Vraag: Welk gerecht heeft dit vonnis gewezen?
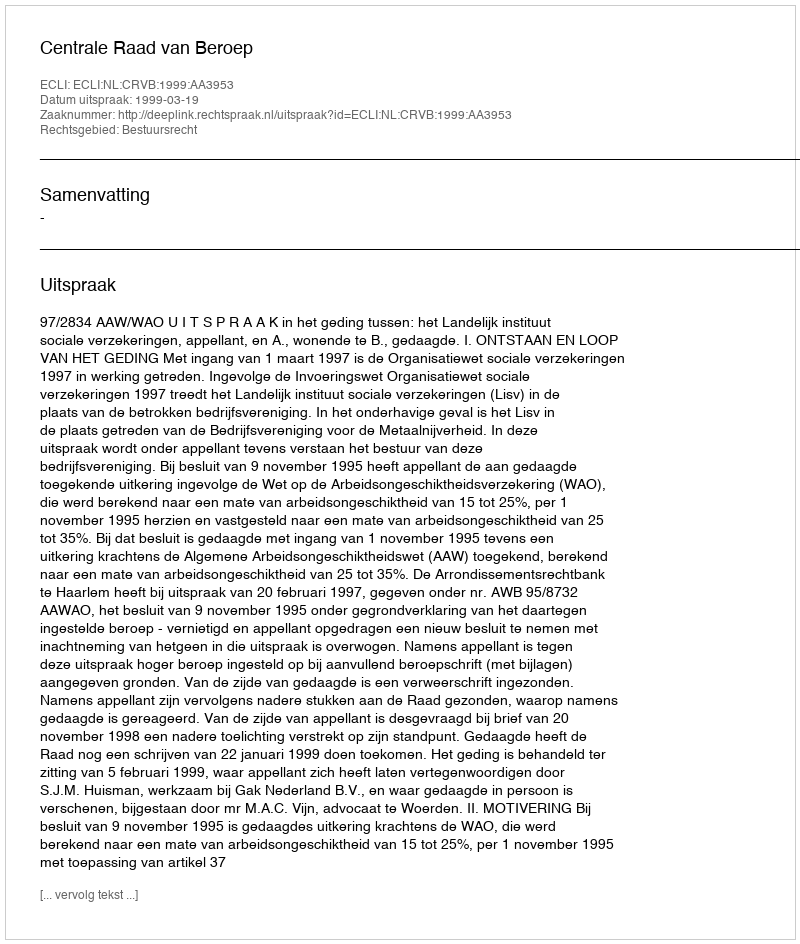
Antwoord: Centrale Raad van Beroep